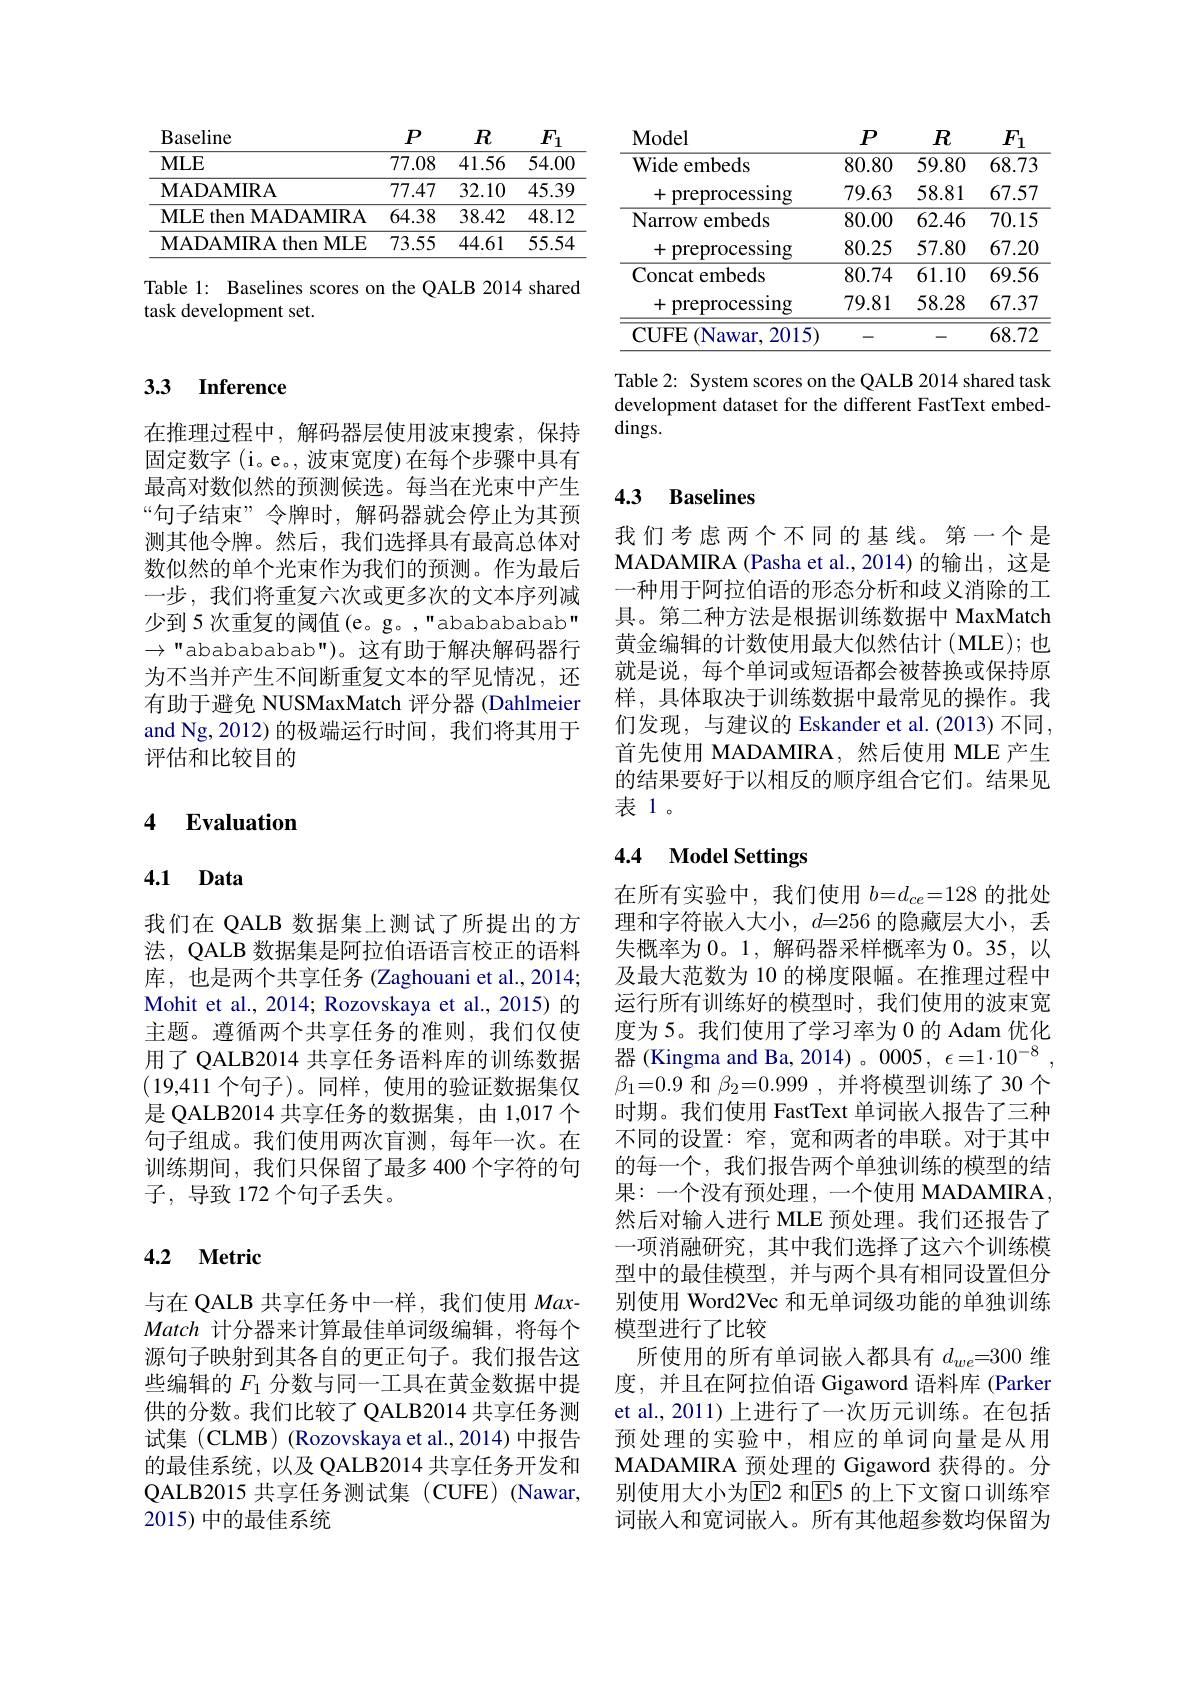
<table>
	<tbody>
		<tr>
			<th>Baseline</th>
			<th>$P$</th>
			<th>$R$</th>
			<th>$F_1$</th>
		</tr>
		<tr>
			<td>Baseline $MLE$</td>
			<td>$P$ 77.08</td>
			<td>$R$ 41.56</td>
			<td>$F_1$ 54.00</td>
		</tr>
		<tr>
			<td>$MLE$</td>
			<td>77.08</td>
			<td>41.56</td>
			<td>54.00</td>
		</tr>
		<tr>
			<td>MADAMIRA</td>
			<td>77.47</td>
			<td>32.10</td>
			<td>45.39</td>
		</tr>
		<tr>
			<td>MLE then MADAMIRA</td>
			<td>64.38</td>
			<td>38.42</td>
			<td>48.12</td>
		</tr>
		<tr>
			<td>MADAMIRA then MLE</td>
			<td>73.55</td>
			<td>44.61</td>
			<td>55.54</td>
		</tr>
	</tbody>
</table>

Table 1: Baselines scores on the QALB 2014 shared
task development set.

## 3.3 Inference

在推理过程中，解码器层使用波束搜索，保持固定数字 (i。e。, 波束宽度)在每个步骤中具有最高对数似然的预测候选。每当在光束中产生“句子结束”令牌时，解码器就会停止为其预测其他令牌。然后，我们选择具有最高总体对数似然的单个光束作为我们的预测。作为最后一步，我们将重复六次或更多次的文本序列减少到 5 次重复的阈值 (e。g。,"ababababab" $\to{\mathrm{~"abababababab")}}$。这有助于解决解码器行为不当并产生不间断重复文本的罕见情况，还有助于避免 NUSMaxMatch 评分器 (Dahlmeier and Ng,2012)的极端运行时间，我们将其用于评估和比较目的

## 4 Evaluation

# 4.1 Data

我们在 QALB 数据集上测试了所提出的方法，QALB 数据集是阿拉伯语语言校正的语料库，也是两个共享任务(Zaghouani et al.,2014; Mohit et al., 2014; Rozovskaya et al., 2015) 的主题。遵循两个共享任务的准则，我们仅使用了 QALB2014 共享任务语料库的训练数据(19,411个句子)。同样，使用的验证数据集仅是 QALB2014 共享任务的数据集，由 1,017 个句子组成。我们使用两次盲测，每年一次。在训练期间，我们只保留了最多 400 个字符的句子，导致 172 个句子丢失。

### 4.2 Metric

与在 QALB 共享任务中一样，我们使用MaxMatch计分器来计算最佳单词级编辑，将每个源句子映射到其各自的更正句子。我们报告这些编辑的$F_{1}$分数与同一工具在黄金数据中提供的分数。我们比较了 QALB2014 共享任务测试集 (CLMB) (Rozovskaya et al.,2014) 中报告的最佳系统，以及 QALB2014 共享任务开发和QALB2015 共享任务测试集 (CUFE) (Nawar, 2015)中的最佳系统

<table>
	<tbody>
		<tr>
			<th>Model</th>
			<th>$P$</th>
			<th>$R$</th>
			<th>$F_1$</th>
		</tr>
		<tr>
			<td>Wide embeds</td>
			<td>80.80</td>
			<td>59.80</td>
			<td>68.73</td>
		</tr>
		<tr>
			<td>preprocessing </td>
			<td>79.63</td>
			<td>58.81</td>
			<td>67.57</td>
		</tr>
		<tr>
			<td>Narrow embeds </td>
			<td>80.00</td>
			<td>62.46</td>
			<td>70.15</td>
		</tr>
		<tr>
			<td>十 preprocessıng</td>
			<td>80.25</td>
			<td>57.80</td>
			<td>67.20</td>
		</tr>
		<tr>
			<td>Concat embeds</td>
			<td>80.74</td>
			<td>61.10</td>
			<td>69.56</td>
		</tr>
		<tr>
			<td> preprocessing</td>
			<td>79.81</td>
			<td>58.28</td>
			<td>67.37</td>
		</tr>
		<tr>
			<td>CUFE (Nawar. 2015) </td>
			<td> </td>
			<td> </td>
			<td>68.72</td>
		</tr>
	</tbody>
</table>

Table 2: System scores on the QALB 2014 shared task development dataset for the different FastText embed- $\dim$gs.

## 4.3 Baselines

我们考虑两个不同的基线。第一个是MADAMIRA (Pasha et al.,2014)的输出，这是一种用干阿拉伯语的形态分析和歧义消除的T 具。第二种方法是根据训练数据中 MaxMatch 黄金编辑的计数使用最大似然估计(MLE);也就是说，每个单词或短语都会被替换或保持原样，具体取决于训练数据中最常见的操作。我们发现，与建议的 Eskander et al.(2013) 不同， 首先使用 MADAMIRA,然后使用 MLE 产生的结果要好于以相反的顺序组合它们。结果见表1。

# 4.4 Model Settings

在所有实验中，我们使用$b=d_ce=128$的批处理和字符嵌人大小，$d=256$的隐藏层大小，丢失概率为0。1, 解码器采样概率为0。35, 以及最大范数为 10 的梯度限幅。在推理过程中运行所有训练好的模型时，我们使用的波束宽度为 5。我们使用了学习率为 0 的 Adam 优化器 (Kingma and Ba, 2014)。0005, $\epsilon = 1\cdot 10^{- 8}$ , $\beta_{1}=0.9$和$\beta_2=0.999$,并将模型训练了 30 个时期。我们使用 FastText 单词嵌人报告了三种不同的设置：窄，宽和两者的串联。对于其中的每一个，我们报告两个单独训练的模型的结果：一个没有预处理，一个使用 MADAMIRA, 然后对输入进行 MLE 预处理。我们还报告了一项消融研究，其中我们选择了这六个训练模型中的最佳模型，并与两个具有相同设置但分别使用 Word2Vec 和无单词级功能的单独训练模型进行了比较
所使用的所有单词嵌入都具有$d_we=300$维度，并且在阿拉伯语 Gigaword 语料库 (Parker et al., 2011) 上进行了一次历元训练。在包括预处理的实验中，相应的单词向量是从用MADAMIRA 预处理的 Gigaword 获得的。分别使用大小为$\overline{\mathrm{E}}$2 和$\underline{\mathrm{E}}$5 的上下文窗口训练窄词嵌入和宽词嵌入。所有其他超参数均保留为